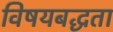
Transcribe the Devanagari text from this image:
विषयबद्धता